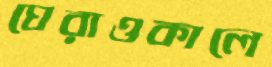
ঘেরাওকালে